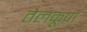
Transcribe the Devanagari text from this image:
तैलकूपों